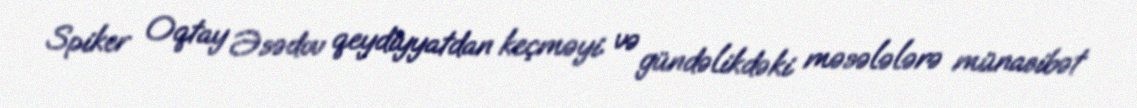
Spiker Oqtay Əsədov qeydiyyatdan keçməyi və gündəlikdəki məsələlərə münasibət